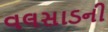
વલસાડની